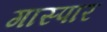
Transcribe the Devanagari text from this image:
गास्पार